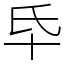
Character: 氒